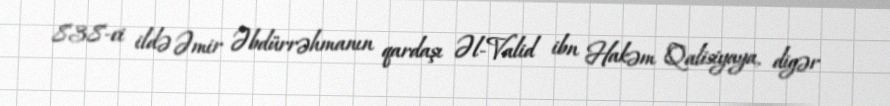
838-ci ildə Əmir Əbdürrəhmanın qardaşı Əl-Valid ibn Hakəm Qalisiyaya, digər